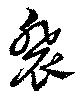
裴